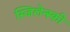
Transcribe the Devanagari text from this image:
स्जिलेन्स्की